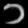
Digit: ၁